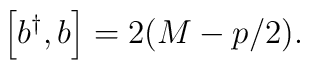
\left[ b^{\dagger},b \right]=2(M-p/2).